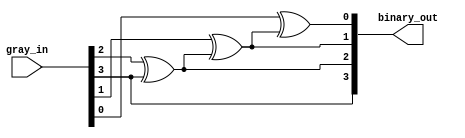
`timescale 1ns / 1ps


module gray_to_binary(
                        input [3:0] gray_in,
                        output [3:0] binary_out
                        );

    wire [3:0] temp;
    genvar i;
    
    assign binary_out = temp;
    assign temp[3] = gray_in[3];
    for ( i = 2 ; i > -1; i = i-1) 
    begin
        assign temp[i] = gray_in[i] ^ temp[i+1] ;                   
    end               
                       
endmodule